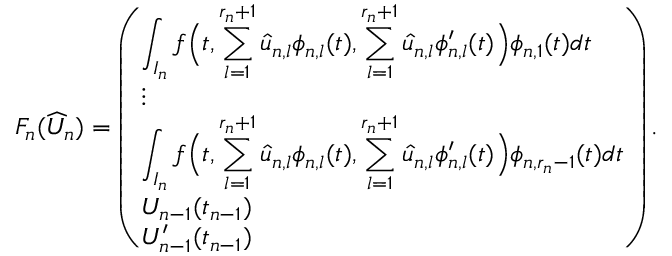
F _ { n } ( \widehat { U } _ { n } ) = \left( \begin{array} { l } { \displaystyle \int _ { I _ { n } } f \Big ( t , \sum _ { l = 1 } ^ { r _ { n } + 1 } \hat { u } _ { n , l } \phi _ { n , l } ( t ) , \sum _ { l = 1 } ^ { r _ { n } + 1 } \hat { u } _ { n , l } \phi _ { n , l } ^ { \prime } ( t ) \Big ) \phi _ { n , 1 } ( t ) d t } \\ { \vdots } \\ { \displaystyle \int _ { I _ { n } } f \Big ( t , \sum _ { l = 1 } ^ { r _ { n } + 1 } \hat { u } _ { n , l } \phi _ { n , l } ( t ) , \sum _ { l = 1 } ^ { r _ { n } + 1 } \hat { u } _ { n , l } \phi _ { n , l } ^ { \prime } ( t ) \Big ) \phi _ { n , r _ { n } - 1 } ( t ) d t } \\ { U _ { n - 1 } ( t _ { n - 1 } ) } \\ { U _ { n - 1 } ^ { \prime } ( t _ { n - 1 } ) } \end{array} \right) .